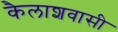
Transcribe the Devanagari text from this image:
कैलाशवासी